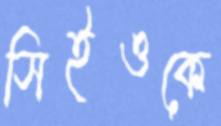
সিইওকে